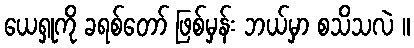
ယေရှုကို ခရစ်တော် ဖြစ်မှန်း ဘယ်မှာ စသိသလဲ ။